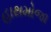
હાથમોજા